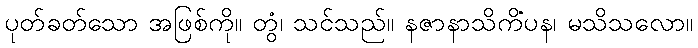
ပုတ်ခတ်သော အဖြစ်ကို။ တွံ၊ သင်သည်။ နဇာနာသိကိံပန၊ မသိသလော။